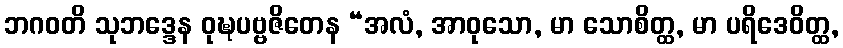
ဘဂဝတိ သုဘဒ္ဒေန ဝုဍ္ဎပဗ္ဗဇိတေန “အလံ, အာဝုသော, မာ သောစိတ္ထ, မာ ပရိဒေဝိတ္ထ,